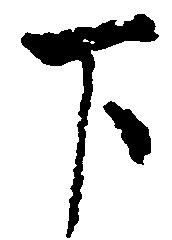
下